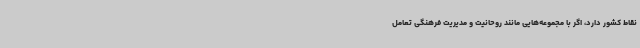
نقاط کشور دارد، اگر با مجموعه‌هایی مانند روحانیت و مدیریت فرهنگی تعامل